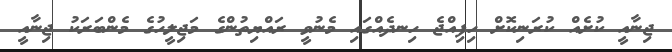
ޖިނާއީ ކުށެއް ކުރަނިކޮށް ހިފިއްޖެ ހިނދެއްގައި މެނުވީ ރައްޔިތުންގެ މަޖިލީހުގެ މެންބަރަކު ޖިނާއީ